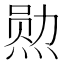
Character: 𮳯